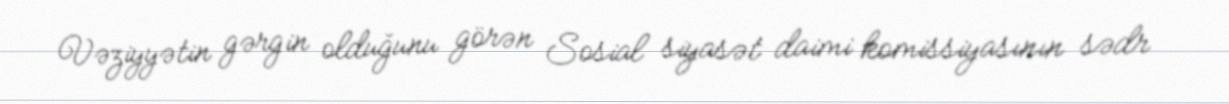
Vəziyyətin gərgin olduğunu görən Sosial siyasət daimi komissiyasının sədr